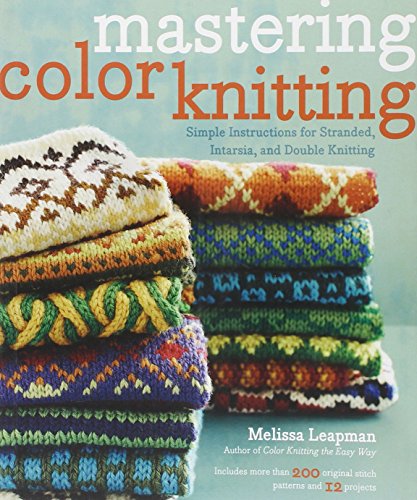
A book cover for Mastering Color Knitting: Simple Instructions for Stranded, Intarsia, and Double Knitting; Melissa Leapman; Crafts, Hobbies & Home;